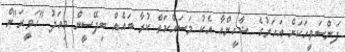
ފަންސަވީހަކަށް އަހަރުގެ ޝާހީންއާ އެކު މަސައްކަތް ކުރާ ބައެއް ބިދޭސީން މިއަދު "ހަވީރަ"ށް